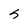
Character: J